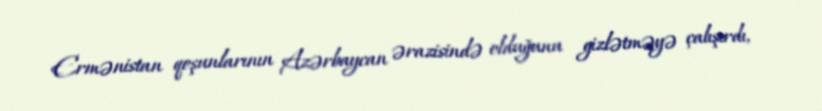
Ermənistan qoşunlarının Azərbaycan ərazisində olduğunu gizlətməyə çalışırdı,